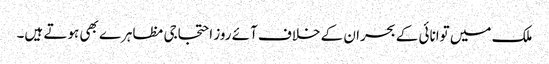
ملک میں توانائی کے بحران کے خلاف آئے روز احتجاجی مظاہرے بھی ہوتے ہیں۔